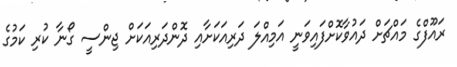
ރައޫފްގެ މައްޗަށް ދައުވާކޮށްފައިވަނީ އަމިއްލަ ދަރިއަކަށާއި ދޮންދަރިއަކަށް ޖިންސީ ގޯނާ ކުރި ކަމުގެ